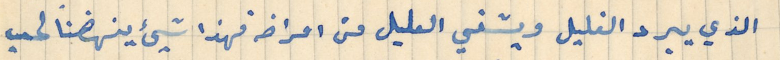
الذي يبرد الغليل ويشفي العليل من امراضه فهذا شيئ ينهضنا لحب